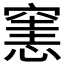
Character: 𥧟